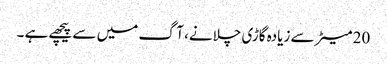
20 میٹر سے زیادہ گاڑی چلانے، آگ میں سے پیچھے ہے ۔